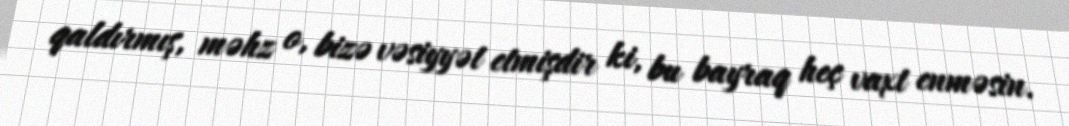
qaldırmış, məhz o, bizə vəsiyyət etmişdir ki, bu bayraq heç vaxt enməsin.